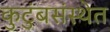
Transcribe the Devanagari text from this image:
कुटुंबसंस्थेत